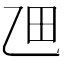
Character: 乪